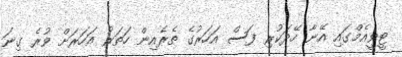
ޓީވީއެމްގައި އޭނާ ހޭދަކުރި ފަސް އަހަރުގެ ތެރެއިން ހަތަރު އަހަރަށް ވުރެ ގިނަ